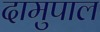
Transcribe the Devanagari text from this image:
दामुपाल